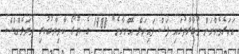
އަހަރެމެންނަށް މުބާރާތުގައި ފަސް ފައިނަލް އޮންނާނެ" 1988 ގެ ޔޫރޯ ކާމިޔާބުކުރި ނެދަލެންޑްސް